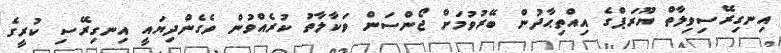
އިނގިރޭސިވިލާތް ޔޫރަޕްގެ އިއްތިޙާދުން ބޭރުވުމަށް ޖޯންސަން ވަކާލާތު ކުރެއްވުން ވެގެންދިޔައީ އިނގިރޭސި ކުރީގެ